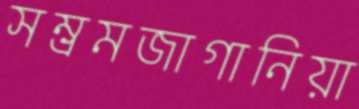
সম্ভ্রমজাগানিয়া